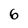
Character: 6